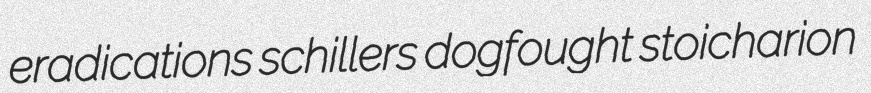
eradications schillers dogfought stoicharion